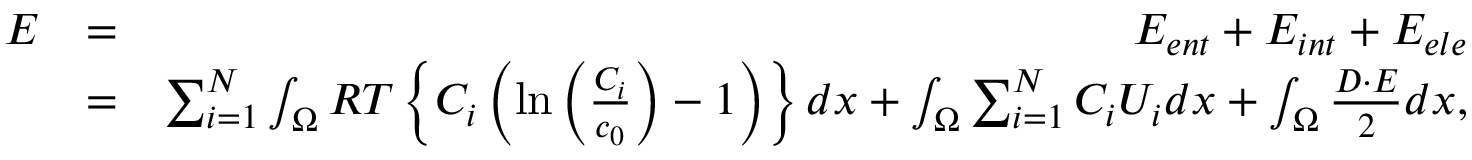
\begin{array} { r l r } { E } & { = } & { E _ { e n t } + E _ { i n t } + E _ { e l e } } \\ & { = } & { \sum _ { i = 1 } ^ { N } \int _ { \Omega } R T \left\{ C _ { i } \left( \ln { \left( \frac { C _ { i } } { c _ { 0 } } \right) } - 1 \right) \right\} d x + \int _ { \Omega } \sum _ { i = 1 } ^ { N } C _ { i } U _ { i } d x + \int _ { \Omega } \frac { \boldsymbol { D } \cdot \boldsymbol { E } } { 2 } d x , } \end{array}